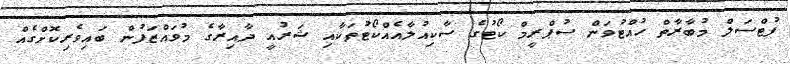
ފުޓްސަލް މުބާރާތް ހުއްޓުވަން ސުޕްރީމް ކޯޓުގެ ސާކިއުލާއެއްކޯޓުތަކާއި ޝަރުއީ ދާއިރާގެ މުވައްޒަފުން ބައިވެރިކޮށްގެއް